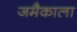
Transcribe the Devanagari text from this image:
जमैकाला